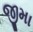
જીમા